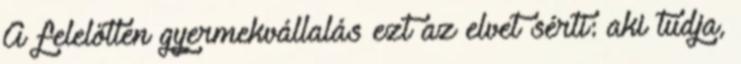
A felelőtlen gyermekvállalás ezt az elvet sérti: aki tudja,